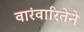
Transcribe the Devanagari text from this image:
वारंवारितेने